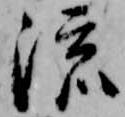
流